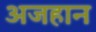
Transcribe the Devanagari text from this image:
अजहान